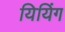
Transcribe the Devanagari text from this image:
यियिंग